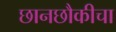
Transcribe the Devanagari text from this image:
छानछौकीचा